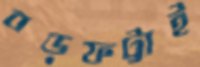
বড়ফট্টাই